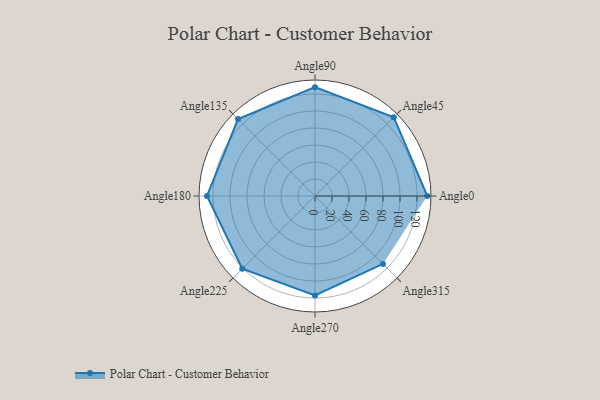
{"axis": {"x": "Angle", "y": "Radius"}, "legend": [""], "data": [{"x": "Angle0", "y": 132.0, "type": ""}, {"x": "Angle45", "y": 131.0, "type": ""}, {"x": "Angle90", "y": 128.0, "type": ""}, {"x": "Angle135", "y": 128.0, "type": ""}, {"x": "Angle180", "y": 127.0, "type": ""}, {"x": "Angle225", "y": 121.0, "type": ""}, {"x": "Angle270", "y": 117.0, "type": ""}, {"x": "Angle315", "y": 113.0, "type": ""}]}